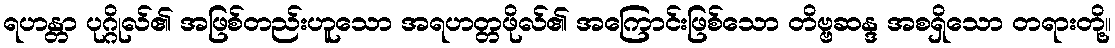
ရဟန္တာ ပုဂ္ဂိုလ်၏ အဖြစ်တည်းဟူသော အရဟတ္တဖိုလ်၏ အကြောင်းဖြစ်သော တိဗ္ဗဆန္ဒ အစရှိသော တရားတို့။